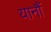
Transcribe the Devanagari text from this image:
यानौं